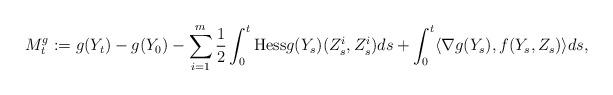
LaTeX: \begin{align*}M_t^g:=g(Y_t)-g(Y_0)-\sum_{i=1}^m\frac{1}{2}\int_0^t {\rm Hess}g(Y_s)(Z_s^i,Z_s^i)ds+\int_0^t \langle \nabla g(Y_s), f(Y_s,Z_s)\rangle ds,\end{align*}